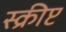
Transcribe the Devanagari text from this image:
स्क्रीप्ट